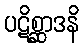
ပဋိစ္ဆာဒနိ